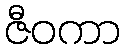
ဇီဝကာ